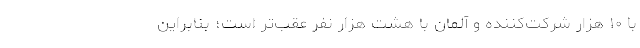
با ۱۰ هزار شرکت‌کننده و آلمان با هشت هزار نفر عقب‌تر است؛ بنابراین